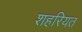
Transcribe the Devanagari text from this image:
शहरियत